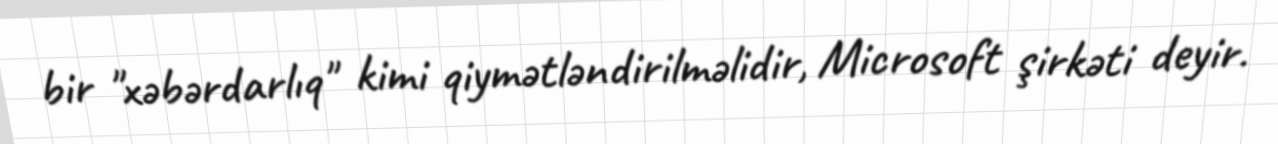
bir "xəbərdarlıq" kimi qiymətləndirilməlidir, Microsoft şirkəti deyir.